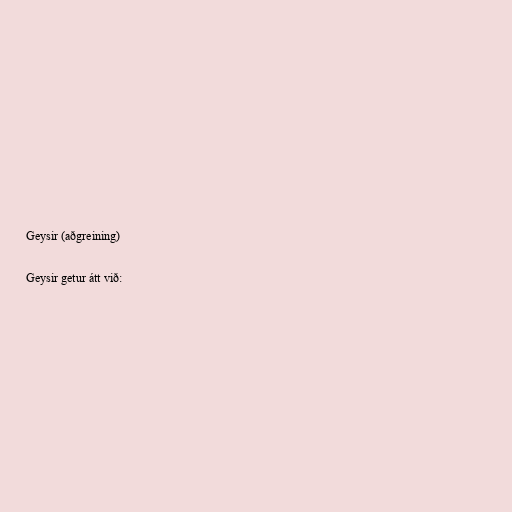
Geysir (aðgreining)

Geysir getur átt við: